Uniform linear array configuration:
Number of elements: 24
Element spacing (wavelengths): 0.25
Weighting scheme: hamming
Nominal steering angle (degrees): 45
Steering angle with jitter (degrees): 45.613
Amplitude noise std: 0.05
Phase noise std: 0.05

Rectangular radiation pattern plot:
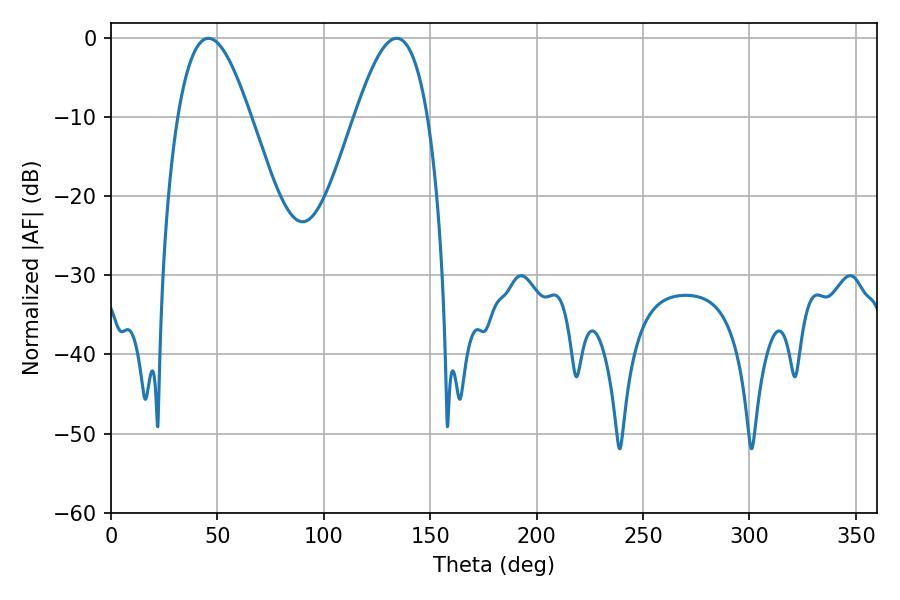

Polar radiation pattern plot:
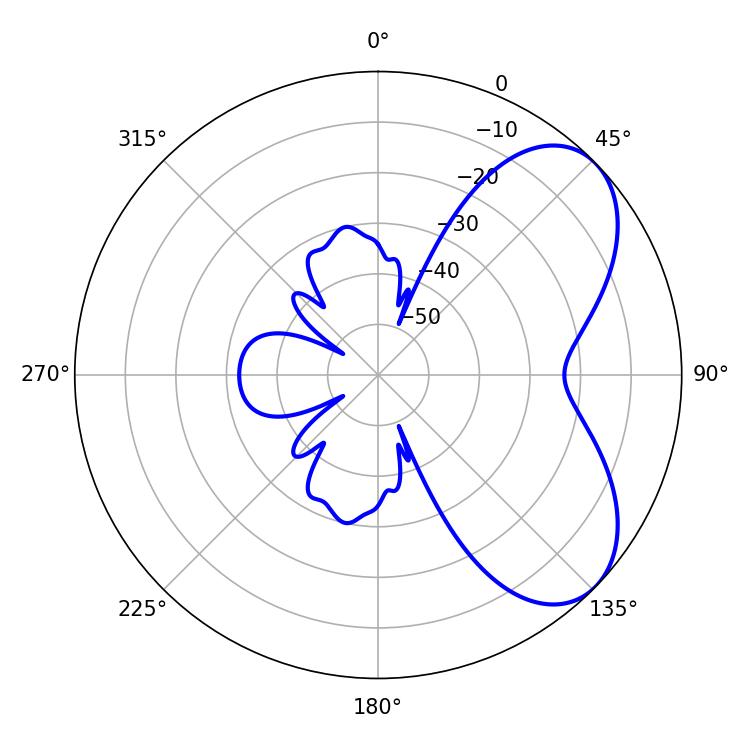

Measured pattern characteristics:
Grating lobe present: FALSE
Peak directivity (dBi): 5.881
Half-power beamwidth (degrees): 18.54
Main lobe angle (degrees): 45.72